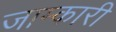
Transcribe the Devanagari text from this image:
जाम्कारी